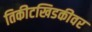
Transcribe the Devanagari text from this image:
तिकीटखिडकीवर